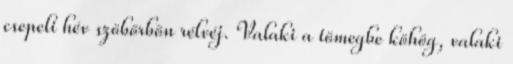
csepeli hév szöbörbön rélvéj. Valaki a tömegbe köhög, valaki